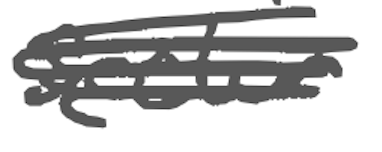
Text: sector
Cross-out: scratch
Writing tool: digital_gray